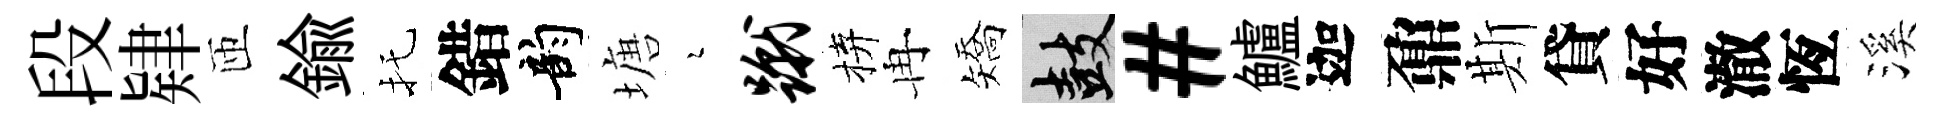
段肄匝鍮托錯韵塘瑟蹴拚冉矯鼓#鱸迦鼐斯貸好澈恆溪